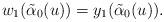
LaTeX: \begin{align*}w_1(\tilde{\alpha}_0(u))=y_1(\tilde{\alpha}_0(u)).\end{align*}